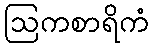
ဩကစာရိကံ